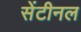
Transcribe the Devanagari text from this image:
सेंटीनल